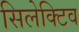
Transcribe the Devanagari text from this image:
सिलेक्टिव